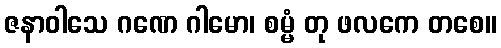
ဇနာဝါသေ ဂဏေ ဂါမော၊ စမ္မံ တု ဖလကေ တစေ။